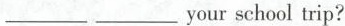
___ ___ your school trip?